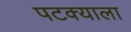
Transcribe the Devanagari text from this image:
पटक्याला